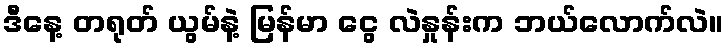
ဒီနေ့ တရုတ် ယွမ်နဲ့ မြန်မာ ငွေ လဲနှုန်းက ဘယ်လောက်လဲ။